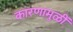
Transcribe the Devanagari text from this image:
कारणामुळीं